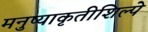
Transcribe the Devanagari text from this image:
मनुष्याकृतीशिल्पे